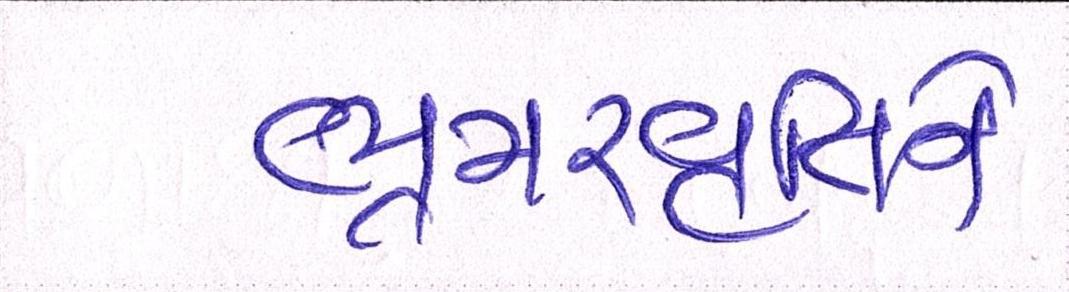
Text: ભ્રમરવૃતિને